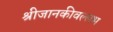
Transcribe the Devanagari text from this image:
श्रीजानकीवल्लभ